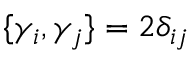
\{ \gamma _ { i } , \gamma _ { j } \} = 2 \delta _ { i j }